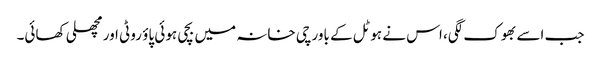
جب اسے بھوک لگی، اس نے ہوٹل کے باورچی خانہ میں بچی ہوئی پاؤ روٹی اور مچھلی کھائی۔